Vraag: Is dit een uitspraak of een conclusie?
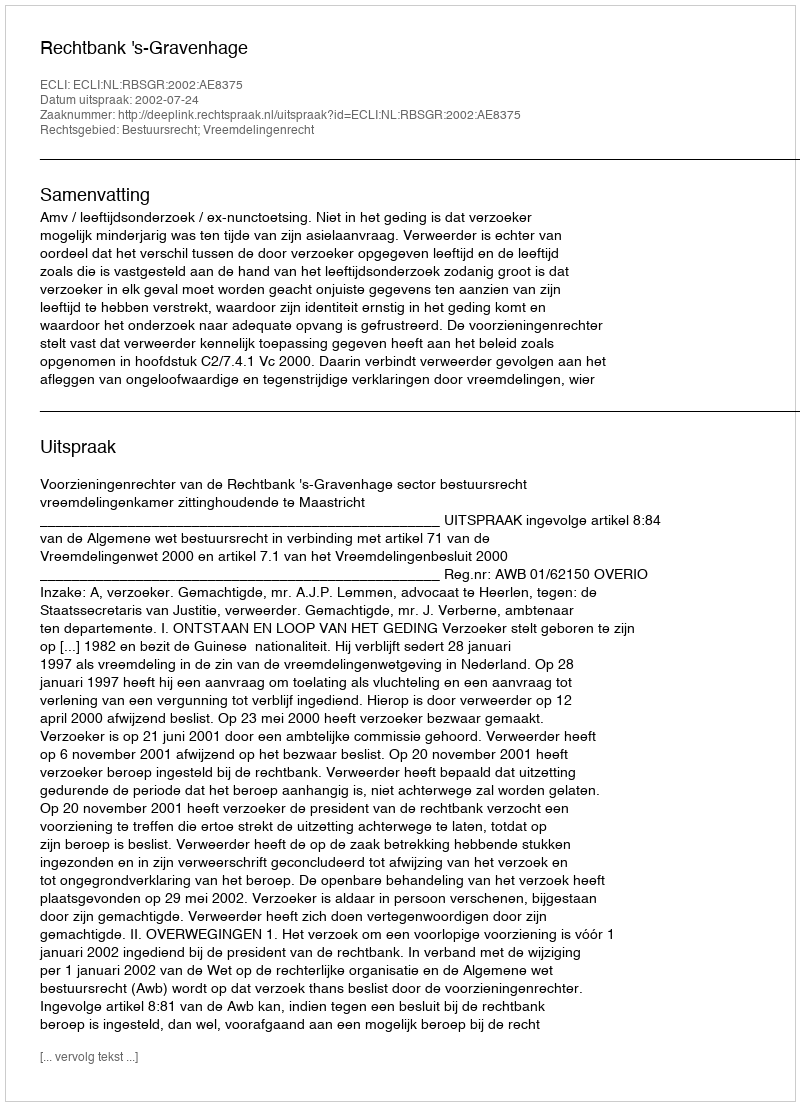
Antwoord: Uitspraak